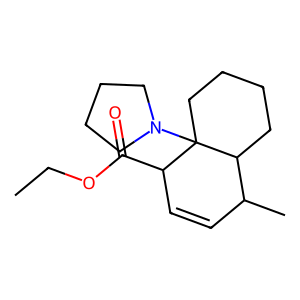
SMILES: CCOC(=O)C1C=CC(C)C2CCCCC12N1CCCC1
Inhibits HIV replication: No